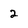
Character: 2